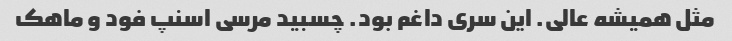
مثل همیشه عالی. این سری داغم بود. چسبید مرسی اسنپ فود و ماهک